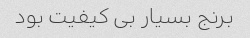
برنج بسیار بی کیفیت بود